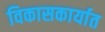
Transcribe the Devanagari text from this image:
विकासकार्यात